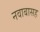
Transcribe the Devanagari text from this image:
नवाबासह